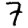
Digit: 7